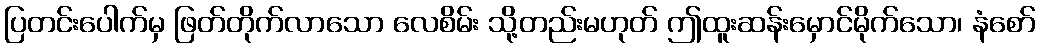
ပြတင်းပေါက်မှ ဖြတ်တိုက်လာသော လေစိမ်း သို့တည်းမဟုတ် ဤထူးဆန်းမှောင်မိုက်သော၊ နံစော်